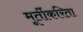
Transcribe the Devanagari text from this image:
मूर्तीकरिता